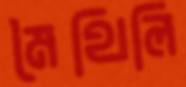
মৈথিলি